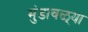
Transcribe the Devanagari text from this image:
मुंडावळ्या